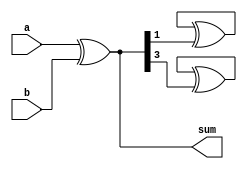
module brent_kung_adder(
    input [3:0] a,
    input [3:0] b,
    output [3:0] sum
);

wire [3:0] p, g, c;

assign p = a ^ b;
assign g = a & b;
assign c[0] = g[0];

genvar i;
generate
    for (i = 1; i < 4; i = i + 1) begin: adder_stage
        genvar j;
        assign c[i] = p[i] | (g[i] & c[i-1]);
        
        for (j = 0; j < i; j = j + 2) begin: adder_cell
            assign p[j] = p[j] ^ p[j+1];
            assign g[j] = g[j] & g[j+1];
        end
    end
endgenerate

assign sum = p;

endmodule